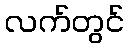
လက်တွင်